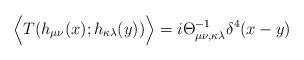
LaTeX: \begin{align*} \Big{<}T(h_{\mu\nu}(x);h_{\kappa\lambda}(y))\Big{>}=i\Theta^{-1}_{\mu\nu,\kappa\lambda}\delta^4(x-y)\end{align*}